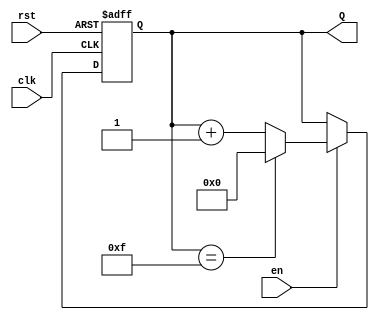
module binary_up_counter #(
    parameter N = 4  // Number of bits for the counter
)(
    input wire clk,     // Clock signal
    input wire rst,     // Asynchronous reset signal
    input wire en,      // Enable signal
    output reg [N-1:0] Q // n-bit output count
);

// Always block triggered on the rising edge of the clock or reset
always @(posedge clk or posedge rst) begin
    if (rst) begin
        // Asynchronous reset: set count to 0
        Q <= 0;
    end else if (en) begin
        // Increment the counter if enabled
        if (Q == (2**N - 1)) begin
            Q <= 0; // Wrap around to 0 if maximum value is reached
        end else begin
            Q <= Q + 1; // Increment the counter
        end
    end
end

endmodule